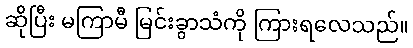
ဆိုပြီး မကြာမီ မြင်းခွာသံကို ကြားရလေသည်။